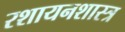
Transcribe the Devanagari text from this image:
रशायनशास्त्र